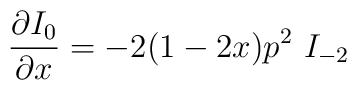
\frac{\partial I_0}{\partial x} = -2(1-2x) p^2 \ I_{-2}